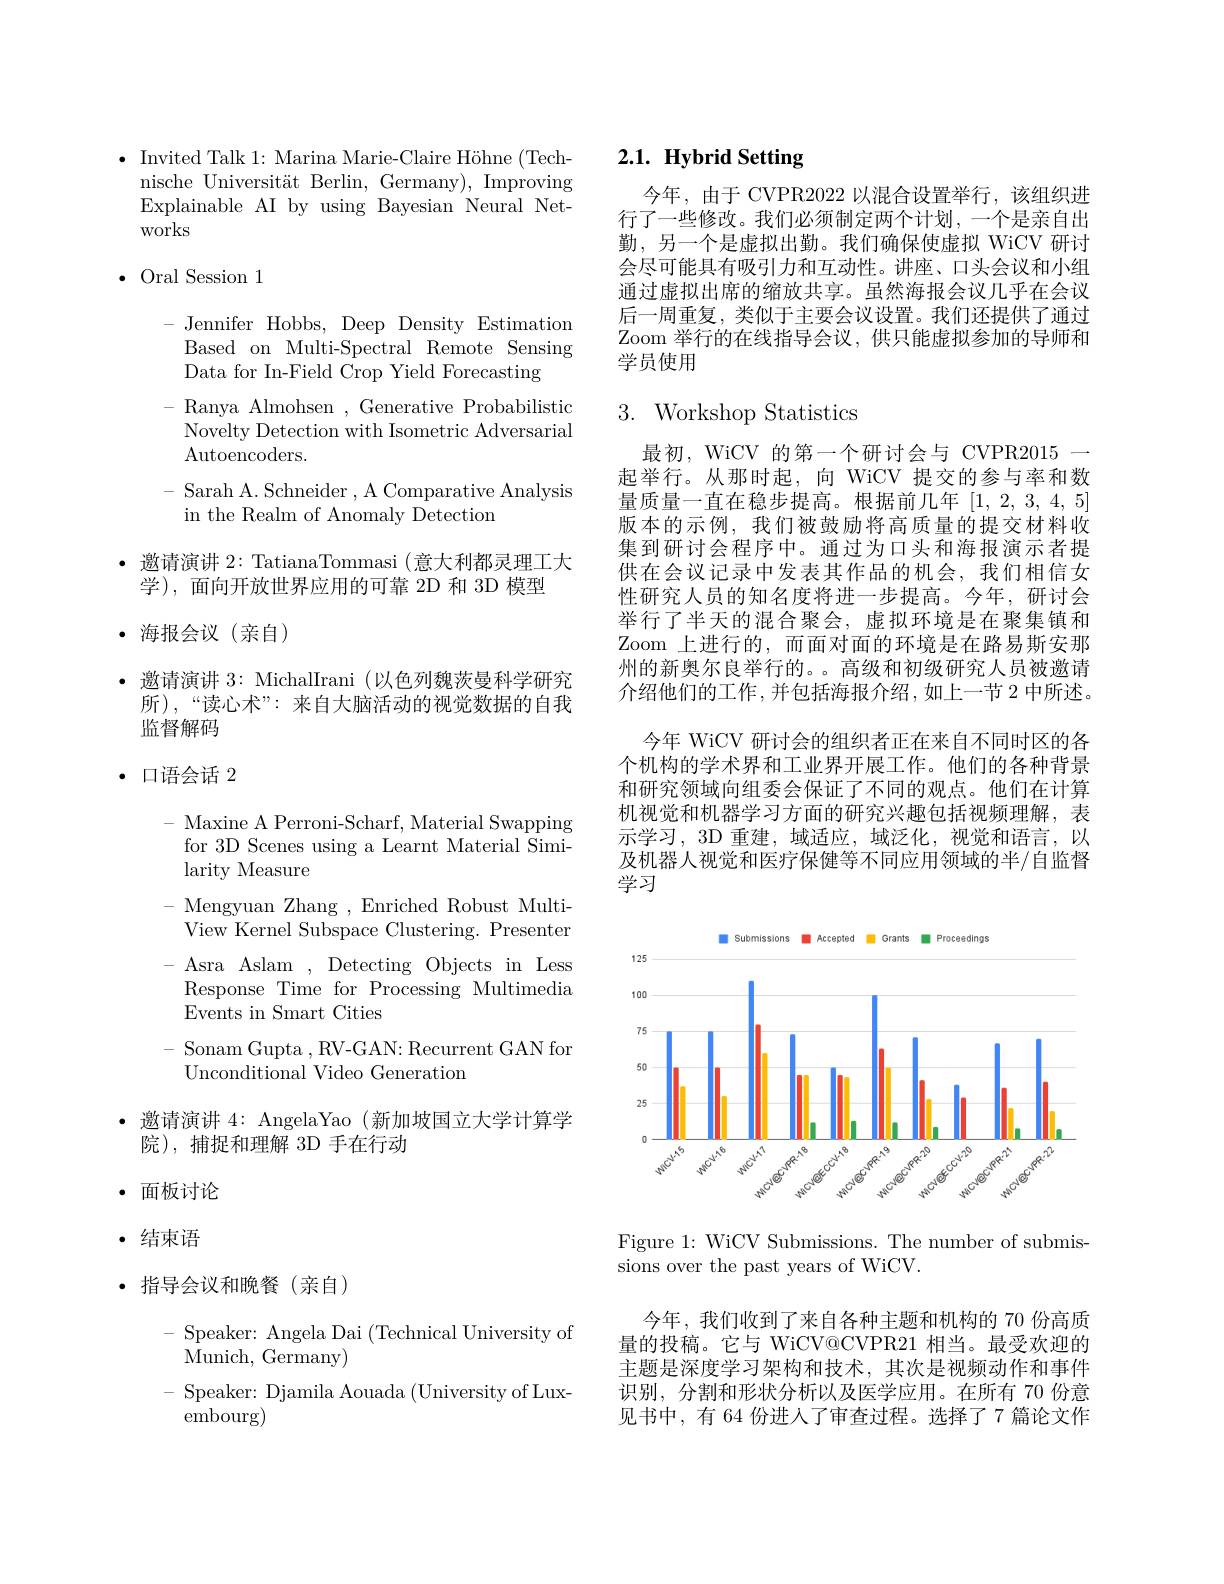
$\bullet$ Invited Talk 1: Marina Marie-Claire Höhne (Tech-
nische Universität Berlin, Germany), Improving Explainable AI by using Bayesian Neural Networks

$\bullet$ Oral Session 1

-Jennifer Hobbs, Deep Density Estimation

Based on Multi-Spectral Remote Sensing

Data for In-Field Crop Yield Forecasting

- Ranya Almohsen , Generative Probabilistic

Novelty Detection with Isometric Adversarial

Autoencoders.

- Sarah A. Schneider ,A Comparative Analysis

in the Realm of Anomaly Detection

· 邀请演讲2：TatianaTommasi (意大利都灵理工大

学),面向开放世界应用的可靠 2D 和 3D 模型

· 海报会议(亲自)

· 邀请演讲 3: MichalIrani (以色列魏茨曼科学研究
所),“读心术”: 来自大脑活动的视觉数据的自我
监督解码

·口语会话2

- Maxine A Perroni-Scharf, Material Swapping for 3D Scenes using a Learnt Material Similarity Measure
- Mengyuan Zhang , Enriched Robust MultiView Kernel Subspace Clustering. Presenter Asra Aslam ,Detecting Objects in Less Response Time for Processing Multimedia Events in Smart Cities
Sonam Gupta ,RV-GAN: Recurrent GAN for
Unconditional Video Generation

·邀请演讲 4: AngelaYao (新加坡国立大学计算学
院),捕捉和理解 3D 手在行动

·面板讨论

· 结束语

·指导会议和晚餐(亲自)

- Speaker: Angela Dai (Technical University of
$\dot{\mathrm{Munich,~Germany}})$
- Speaker: Djamila Aouada (University of Lux-
embourg)

# 2.1. Hybrid Setting

今年，由于 CVPR2022 以混合设置举行，该组织进行了一些修改。我们必须制定两个计划，一个是亲自出勤，另一个是虚拟出勤。我们确保使虚拟 WiCV 研讨会尽可能具有吸引力和互动性。讲座、口头会议和小组通过虚拟出席的缩放共享。虽然海报会议几乎在会议后一周重复，类似于主要会议设置。我们还提供了通过Zoom 举行的在线指导会议，供只能虚拟参加的导师和学员使用

# 3. Workshop Statistics

最初，WiCV 的第一个研讨会与 CVPR2015 一起举行。从那时起，向 WiCV 提交的参与率和数量质量一直在稳步提高。根据前几年[1,2,3,4,5] 版本的示例，我们被鼓励将高质量的提交材料收集到研讨会程序中。通过为口头和海报演示者提供在会议记录中发表其作品的机会，我们相信女性研究人员的知名度将进一步提高。今年，研讨会举行了半天的混合聚会，虚拟环境是在聚集镇和Zoom 上进行的，而面对面的环境是在路易斯安那州的新奥尔良举行的。。高级和初级研究人员被邀请介绍他们的工作，并包括海报介绍，如上一节 2 中所述。
今年 WiCV 研讨会的组织者正在来自不同时区的各个机构的学术界和工业界开展工作。他们的各种背景和研究领域向组委会保证了不同的观点。他们在计算机视觉和机器学习方面的研究兴趣包括视频理解，表示学习，3D 重建，域适应，域泛化，视觉和语言，以及机器人视觉和医疗保健等不同应用领域的半/自监督学习

<FigureHere>

Figure 1: WiCV Submissions. The number of submis-
sions over the past years of WiCV.

今年，我们收到了来自各种主题和机构的 70 份高质量的投稿。它与 WiCV@CVPR21 相当。最受欢迎的主题是深度学习架构和技术，其次是视频动作和事件识别，分割和形状分析以及医学应用。在所有 70 份意见书中，有 64 份进入了审查过程。选择了 7 篇论文作